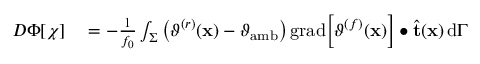
\begin{array} { r l } { D \Phi [ \chi ] } & { { } = - \frac { 1 } { f _ { 0 } } \int _ { \Sigma } \left( \vartheta ^ { ( r ) } ( \mathbf { x } ) - \vartheta _ { \mathrm { a m b } } \right) \mathrm { g r a d } \Big [ \vartheta ^ { ( f ) } ( \mathbf { x } ) \Big ] \bullet \widehat { \mathbf { t } } ( \mathbf { x } ) \, \mathrm { d } \Gamma } \end{array}